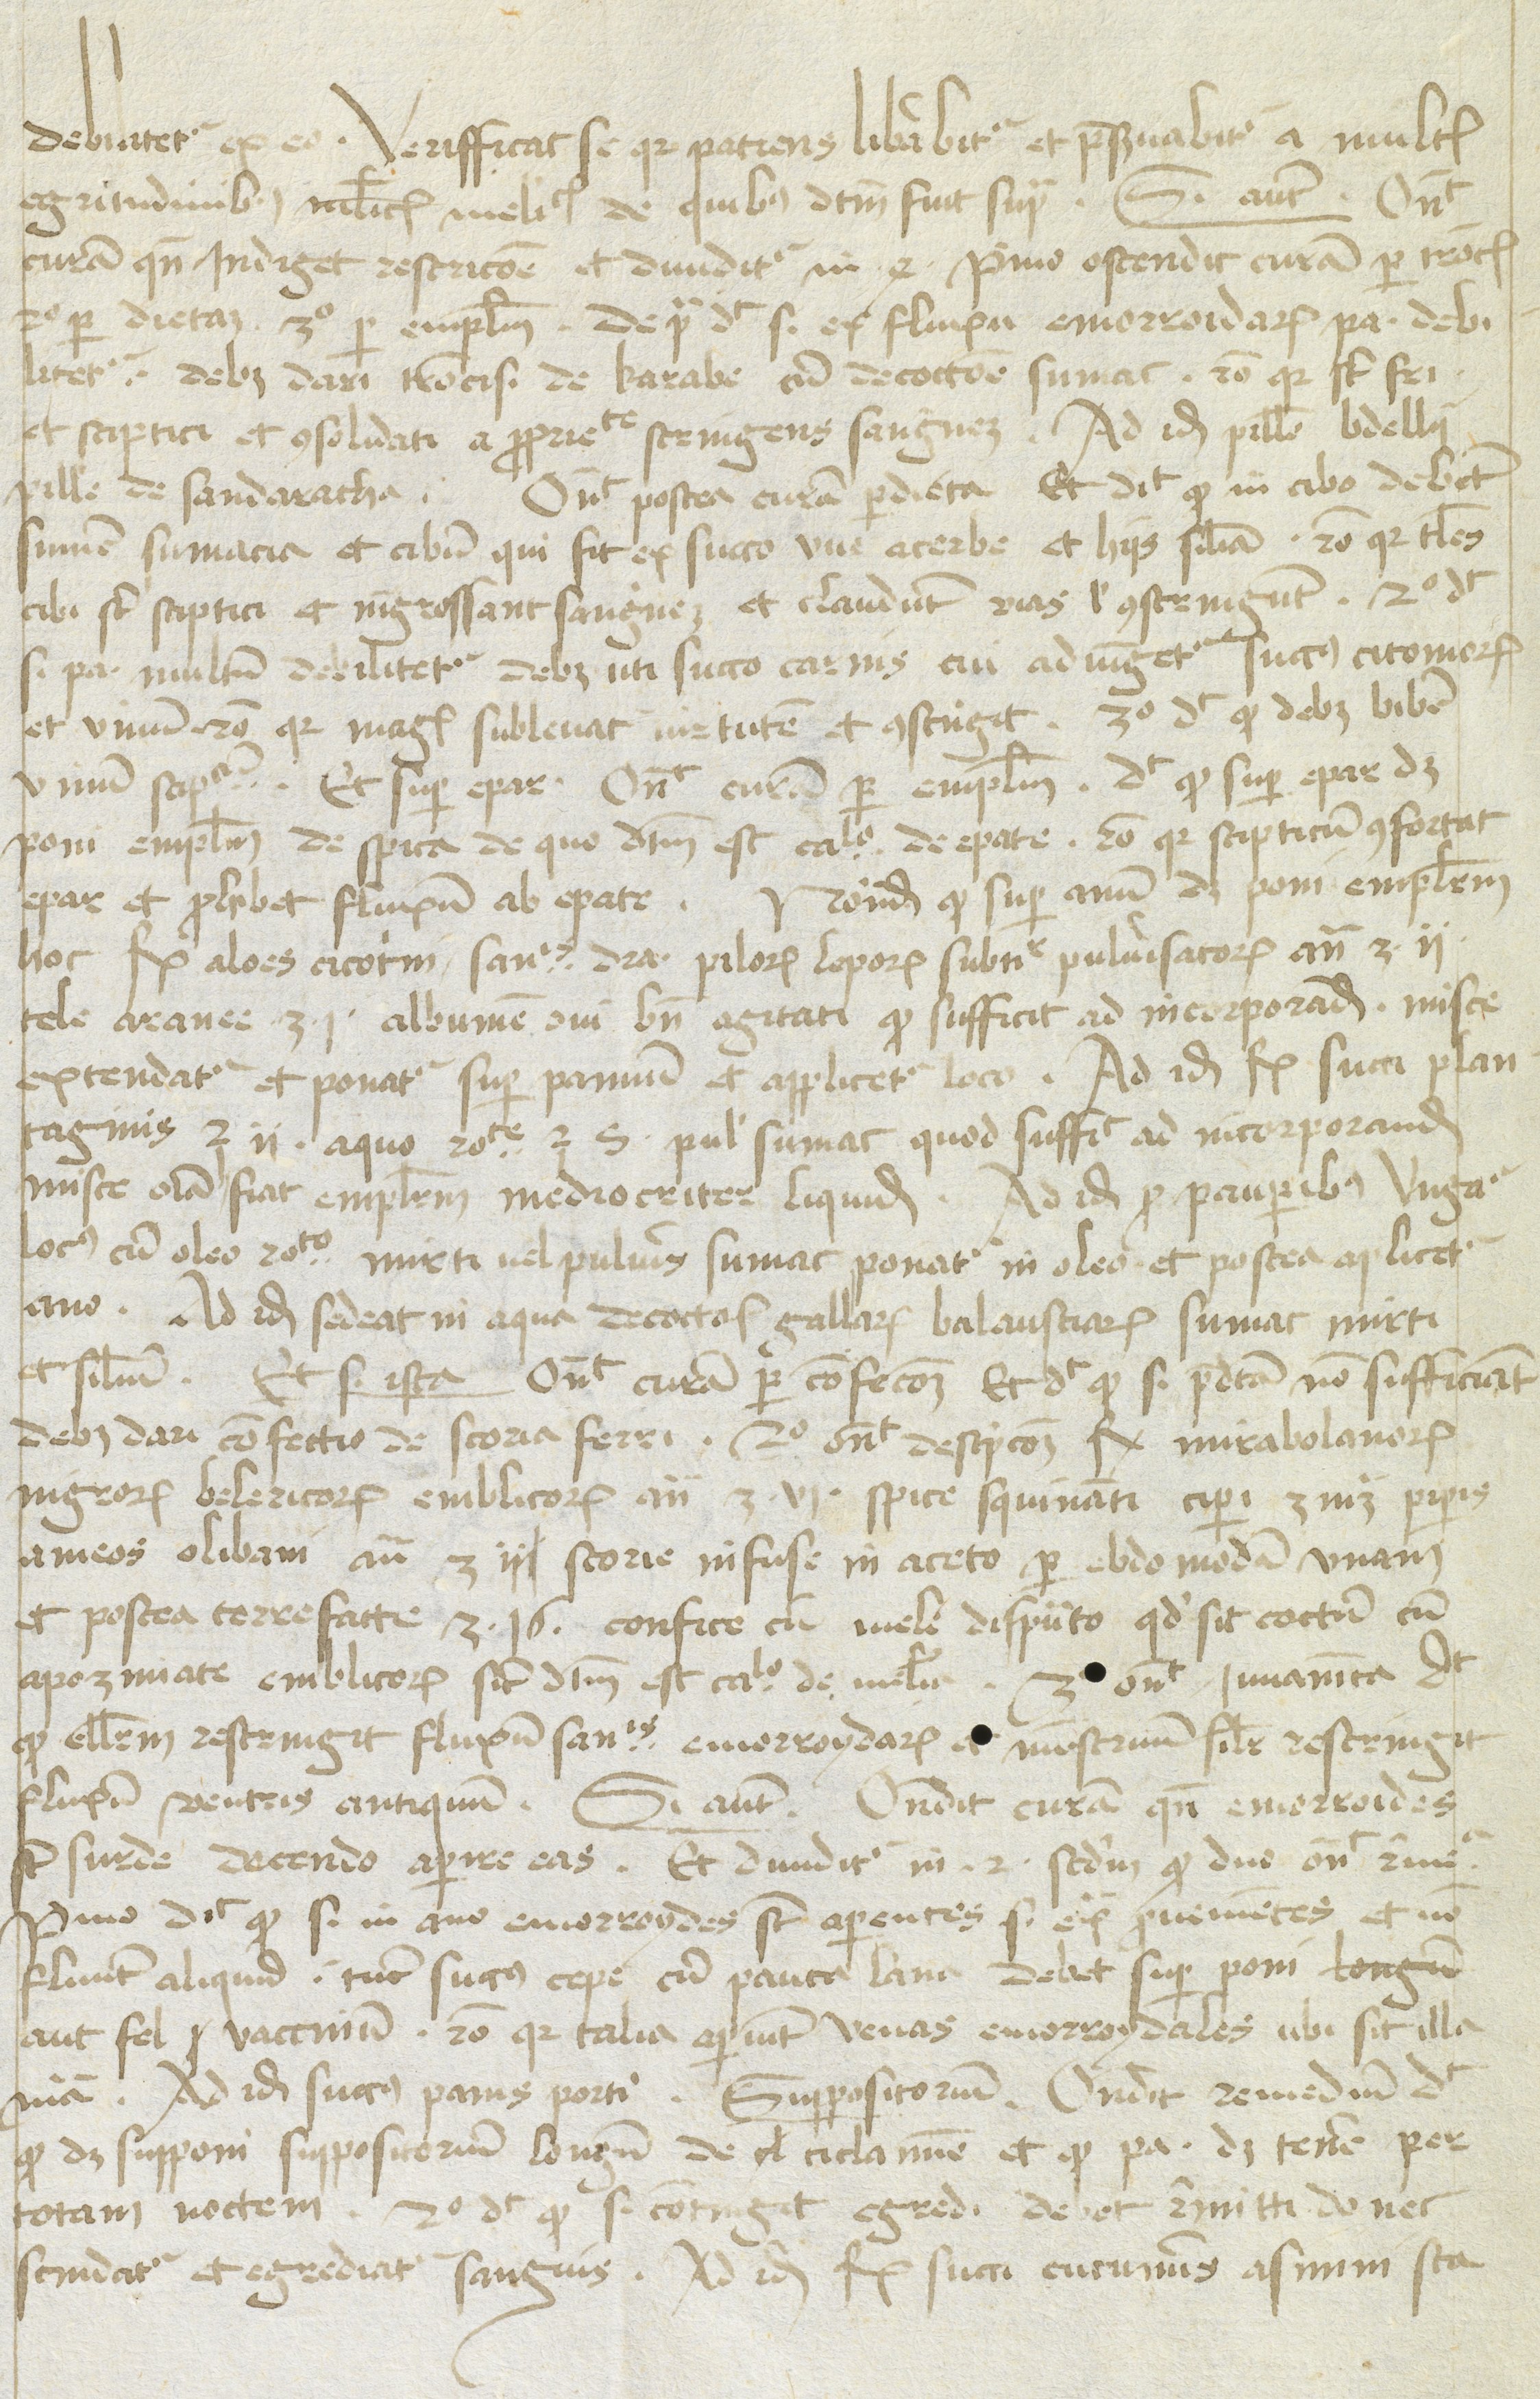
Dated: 1480–1470